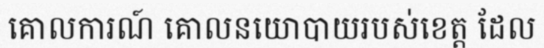
គោលការណ៍ គោលនយោបាយរបស់ខេត្ត ដែល